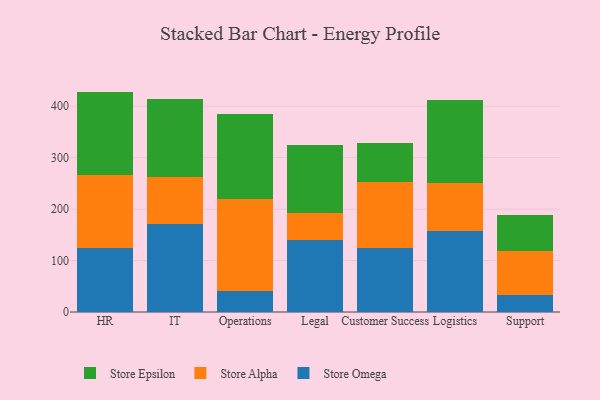
{"axis": {"x": "Department", "y": "Conversion Rate (%)"}, "legend": ["Store Alpha", "Store Epsilon", "Store Omega"], "data": [{"x": "HR", "y": 125.4, "type": "Store Omega"}, {"x": "HR", "y": 141.5, "type": "Store Alpha"}, {"x": "HR", "y": 161.6, "type": "Store Epsilon"}, {"x": "IT", "y": 170.7, "type": "Store Omega"}, {"x": "IT", "y": 91.1, "type": "Store Alpha"}, {"x": "IT", "y": 152.5, "type": "Store Epsilon"}, {"x": "Operations", "y": 40.6, "type": "Store Omega"}, {"x": "Operations", "y": 179.3, "type": "Store Alpha"}, {"x": "Operations", "y": 164.5, "type": "Store Epsilon"}, {"x": "Legal", "y": 139.3, "type": "Store Omega"}, {"x": "Legal", "y": 53.8, "type": "Store Alpha"}, {"x": "Legal", "y": 131.7, "type": "Store Epsilon"}, {"x": "Customer Success", "y": 125.3, "type": "Store Omega"}, {"x": "Customer Success", "y": 127.7, "type": "Store Alpha"}, {"x": "Customer Success", "y": 75.7, "type": "Store Epsilon"}, {"x": "Logistics", "y": 157.4, "type": "Store Omega"}, {"x": "Logistics", "y": 93.4, "type": "Store Alpha"}, {"x": "Logistics", "y": 160.8, "type": "Store Epsilon"}, {"x": "Support", "y": 33.6, "type": "Store Omega"}, {"x": "Support", "y": 85.6, "type": "Store Alpha"}, {"x": "Support", "y": 70.3, "type": "Store Epsilon"}]}